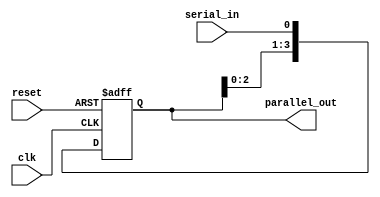
`timescale 1ns / 1ps
//////////////////////////////////////////////////////////////////////////////////
// Company: 
// Engineer: 
// 
// Design Name: 
// Module Name: SIPO
// Project Name: 
// Target Devices: 
// Tool Versions: 
// Description: 
// 
// Dependencies: 
// 
// Revision:
// Revision 0.01 - File Created
// Additional Comments:
// 
//////////////////////////////////////////////////////////////////////////////////

module sipo_shift_register (
    input wire clk,
    input wire reset,
    input wire serial_in,
    output reg [3:0] parallel_out
);
    always @(posedge clk or posedge reset) begin
        if (reset) begin
            parallel_out <= 4'b0000;  
        end else begin
            parallel_out <= {parallel_out[2:0], serial_in};  
        end
    end
endmodule